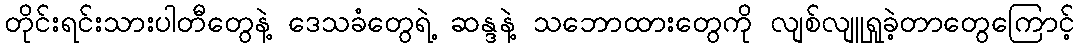
တိုင်းရင်းသားပါတီတွေနဲ့ ဒေသခံတွေရဲ့ ဆန္ဒနဲ့ သဘောထားတွေကို လျစ်လျူရှုခဲ့တာတွေကြောင့်